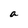
Character: a